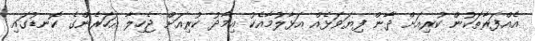
އެއްފަރާތަކުން ކުރިއަށް ދާން ފިޔަވަޅެއް އަޅާލުމާއެކު އިމާދު ކުރިއަށް ޖެހިލާ އަހަރެންގެ ކޮނޑުގައި